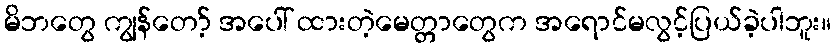
မိဘတွေ ကျွန်တော့် အပေါ် ထားတဲ့မေတ္တာတွေက အရောင်မလွင့်ပြယ်ခဲ့ပါဘူး။